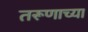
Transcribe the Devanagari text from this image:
तरूणाच्या